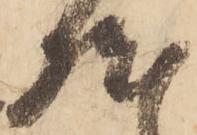
然